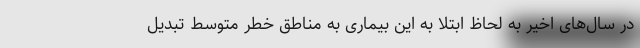
در سال‌های اخیر به لحاظ ابتلا به این بیماری به مناطق خطر متوسط تبدیل